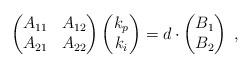
LaTeX: \begin{align*} \begin{pmatrix} A_{11} & A_{12} \\ A_{21} & A_{22} \end{pmatrix} \begin{pmatrix} k_p \\ k_i \end{pmatrix} = d\cdot \begin{pmatrix} B_1 \\ B_2 \end{pmatrix} \;, \end{align*}